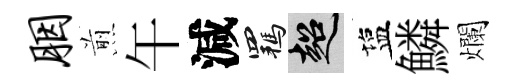
胭煎午減羈超塩鱗爛